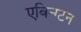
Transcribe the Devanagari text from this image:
एबिन्ग्टन